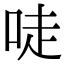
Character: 唗